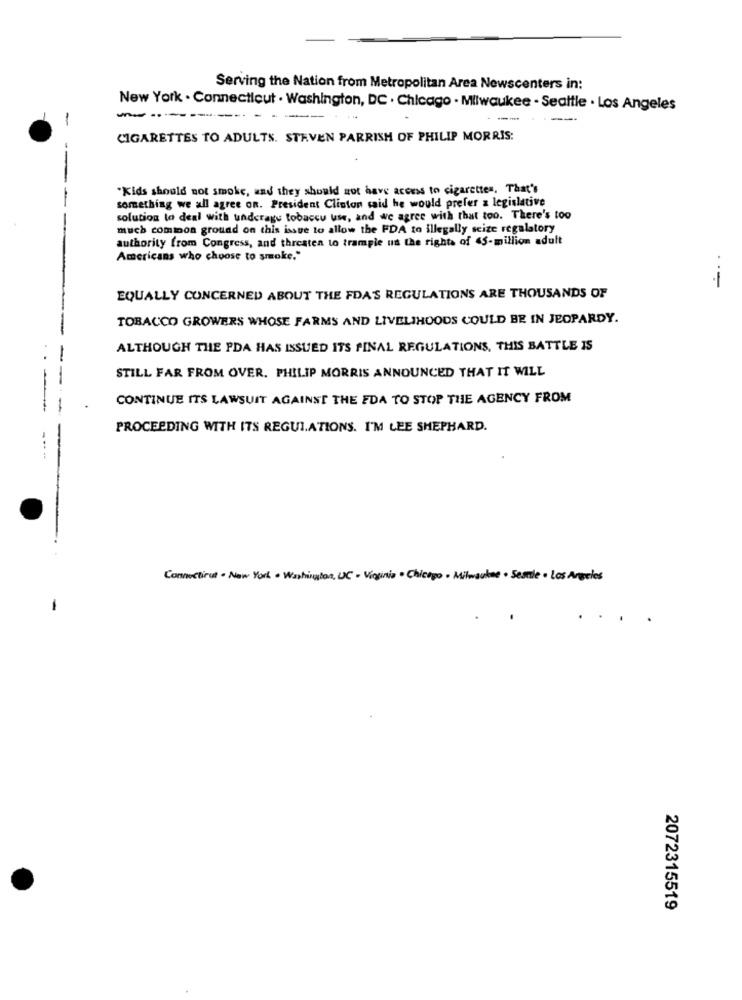
Serving the Nation from Metropolitan Area Newscenters in:
New York . Connecticut . Washington, DC . Chicago - Milwaukee - Seattle . Los Angeles
-
CIGARETTES TO ADULTS. STEVEN PARRISH OF PHILIP MORRIS:
--
"Kids should not smoke, and they should not have access to cigarettes. That's
something we all agree on. President Clinton said he would prefer a legislative
solution to deal with underage tobaccu use, and we agree with that too. There's too
much common ground on this issue to allow the FDA to illegally seize regalatory
authority from Congress, and threaten to trample us the rights of 45-million adult
Americans who choose to smoke."
EQUALLY CONCERNED ABOUT THE FDAS REGULATIONS ARE THOUSANDS OF
TOBACCO GROWERS WHOSE FARMS AND LIVELIHOODS COULD BE IN JEOPARDY.
ALTHOUGH THE PDA HAS ISSUED ITS FINAL REGULATIONS, THIS BATTLE IS
STILL FAR FROM OVER. PHILIP MORRIS ANNOUNCED THAT IT WILL
CONTINUE ITS LAWSUIT AGAINST THE FDA TO STOP THE AGENCY FROM
PROCEEDING WITH ITS REGULATIONS. I'M LEE SHEPHARD.
---
Connecticut - New York . Washington, UC - Virginia . Chicopo - Milwaukee · Semle . Los Angeles
.
...
2072315519